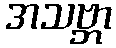
အသဗ္ဘာ